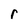
Character: r